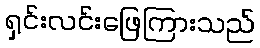
ရှင်းလင်းဖြေကြားသည်